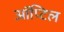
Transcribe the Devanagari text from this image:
ऑप्टिल